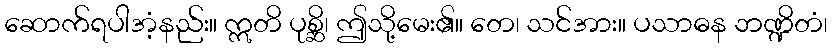
ဆောက်ရပါအံ့နည်း။ ဣတိ ပုစ္ဆိ၊ ဤသို့မေး၏။ တေ၊ သင်အား။ ပသာဓန ဘဏ္ဍိတံ၊